Annual report of the Prince of Wales Medical College, Patna
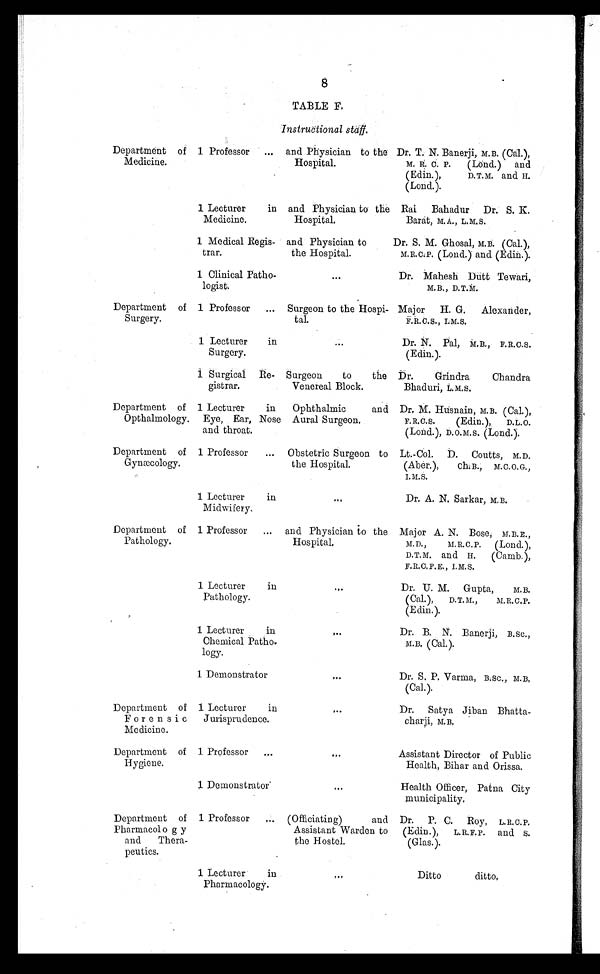
8
TABLE F.
Instructional staff.
Department of
Medicine.
1 Professor ... and Physician to the
Hospital.
Dr. T. N. Banerji, M.B. (Cal.),
M. R. C. P. (Lond.) and
(Edin.),
D.T.M. and H.
(Lond.).
1 Lecturer in
Medicine.
and Physician to the
Hospital.
Rai Bahadur Dr. S. K.
Barat, M.A., L.M.S.
1 Medical Regis-
trar.
and Physician to
the Hospital.
Dr. S. M. Ghosal, M. B. (Cal.),
M.R.C.P. (Lond.) and (Edin.).
1 Clinical Patho-
logist.
•••
Dr. Mahesh Dutt Tewari,
M.B., D.T.M.
Department of
Surgery.
1 Professor ... Surgeon to the Hospi-
tal.
Major H. G. Alexander,
F.R.C.S., I.M.S.
1 Lecturer in
Surgery.
•••
Dr. N. Pal, M. B., F.R.C.S.
(Edin.).
1 Surgical Re-
gistrar.
Surgeon to the
Venereal Block.
Dr. Grindra Chandra
Bhaduri, L.M.S.
Department of
Opthalmology.
1 Lecturer in
Eye, Ear, Nose
and throat.
Ophthalmic and
Aural Surgeon.
Dr. M. Husnain,M . B . ( C a l . ) ,
F.R.C.S.
(Edin.), D.L.O.
(Lond.), D.O.M.S. (Lond.).
Department of
Gynæcology.
1 Professor ... Obstetric Surgeon to
the Hospital.
Lt.-Col. D. Coutts, M.D,
(Aber.), ch. B., M.C.O.G.,
I.M.S.
1 Lecturer in
Midwifery.
...
Dr. A. N. Sarkar, M.B.
Department of
Pathology.
1 Professor ... and Physician to the
Hospital.
Major A. N. Bose, M. B.E.,
M.D., M.R.C. P.
(Lond.),
D.T.M. and H. (Camb.),
F.R.C.P.E., I.M.S.
1 Lecturer in
Pathology.
. . .
Dr. U. M. Gupta,
M.B.
(Cal.), D.T.M., M.R.C.P.
(Edin.).
1 Lecturer in
Chemical Patho-
logy.
. . .
Dr. B. N. Banerji, B.SC.,
M. B. (Cal.).
1 Demonstrator
. . .
Dr. S. P. Varma, B.SC., M.B,
(Cal.).
Department of
Forens i c
Medicine.
1 Lecturer in
Jurisprudence.
. . .
Dr. Satya Jiban Bhatta-
charji, M.B.
Department of
Hygiene.
1 Professor ...
...
Assistant Director of Public
Health, Bihar and Orissa.
1
Demonstrator
. . .
Health Officer, Patna City
municipality.
Department of
Pharmacolog y
and Thera-
peutics.
1 Professor ...
(Officiating) and
Assistant Warden to
the Hostel.
Dr. P. C. Roy, L.R.C.P.
(Edin.), L.R.F.P. and S.
(Glas.).
1 Lecturer in
Pharmacology.
. . .
Ditto ditto,